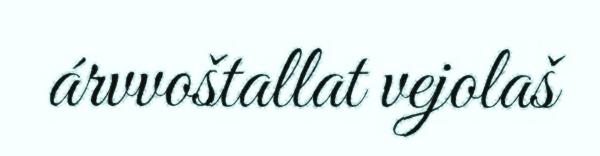
árvvoštallat vejolaš